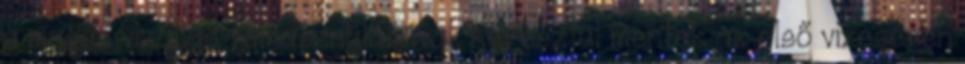
a magas vizállás felhasználásával, keresztül mentek az első vizesésen